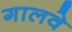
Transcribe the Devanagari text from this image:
गालवे